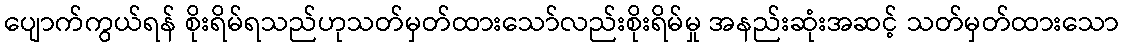
ပျောက်ကွယ်ရန် စိုးရိမ်ရသည်ဟုသတ်မှတ်ထားသော်လည်းစိုးရိမ်မှု အနည်းဆုံးအဆင့် သတ်မှတ်ထားသော